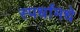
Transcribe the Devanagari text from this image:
स्पर्धांमधे